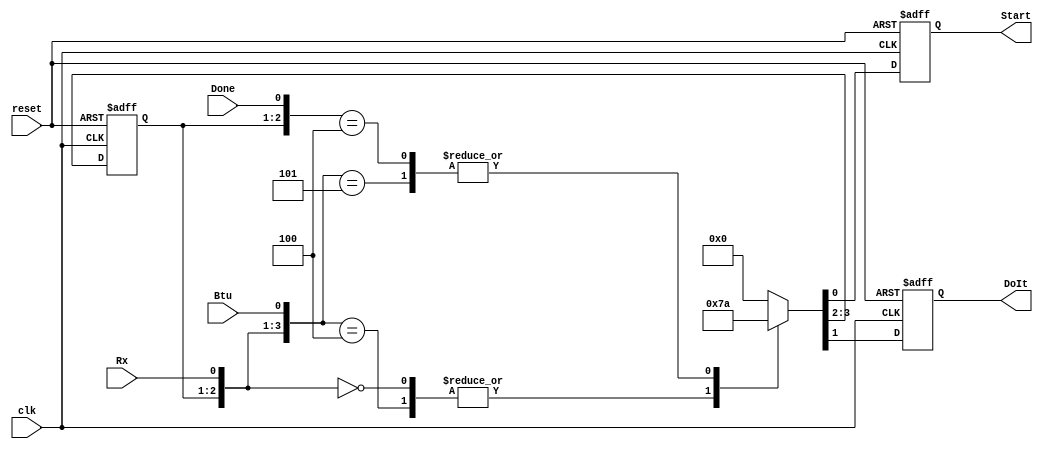
`timescale 1ns / 1ps
//////////////////////////////////////////////////////////////////////////////////
// Company: 
// Engineer: 
// 
// Design Name: 
// Module Name:    RxStateMachine 
// Project Name: 
// Target Devices: 
// Tool versions: 
// Description: 
//
// Dependencies: 
//
// Revision: 
// Revision 0.01 - File Created
// Additional Comments: 
//
//////////////////////////////////////////////////////////////////////////////////
module RxStateMachine(Rx,Btu,Done,clk,reset,DoIt,Start);
input Rx,Btu,Done,reset,clk;
reg DoIt_n,Start_n;
output reg DoIt,Start;
reg [1:0] present_state;
reg [1:0] next_state;

always @ (*) begin
		casez ({present_state,Rx,Btu,Done})
			5'b01_0_0_?: {next_state,DoIt_n,Start_n} = 4'b01_1_1;
			5'b01_0_1_?: {next_state,DoIt_n,Start_n} = 4'b10_1_0;
			5'b00_0_?_?: {next_state,DoIt_n,Start_n} = 4'b01_1_1; //Idle State
			5'b00_1_?_?: {next_state,DoIt_n,Start_n} = 4'b00_0_0;
			5'b01_1_?_?: {next_state,DoIt_n,Start_n} = 4'b00_0_0;
			5'b10_?_?_1: {next_state,DoIt_n,Start_n} = 4'b00_0_0;
			5'b10_?_?_0: {next_state,DoIt_n,Start_n} = 4'b10_1_0;
			default: {next_state,DoIt_n,Start_n} = 4'b00_0_0;
		endcase
end

always @ (posedge clk, posedge reset) begin
		if (reset) begin
			present_state <= 2'b00;
			DoIt <= 1'b0;
			Start <= 1'b0;
		end
		else begin
			present_state <= next_state;
			DoIt <= DoIt_n;
			Start <= Start_n;
		end
end

endmodule